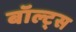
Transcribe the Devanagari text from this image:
बॉल्ट्स